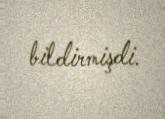
bildirmişdi.